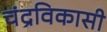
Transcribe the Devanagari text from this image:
चंद्रविकासी